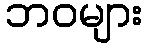
ဘဝများ